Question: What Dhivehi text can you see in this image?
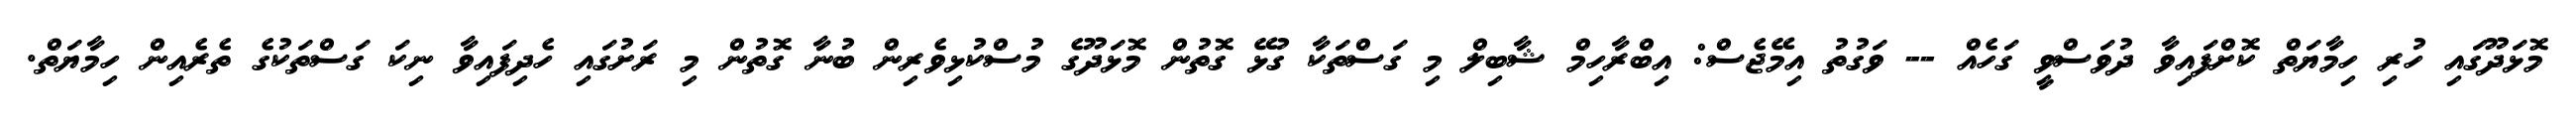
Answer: މޮޅަދޫގައި ހުރި ހިމާޔަތް ކޮށްފައިވާ ދުވަސްވީ ގަހެއް -- ވަގުތު އިމޭޖެސް: އިބްރާހިމް ޝާބިލް މި ގަސްތަކާ ގުޅޭ ގޮތުން މޮޅަދޫގެ މުސްކުޅިވެރިން ބުނާ ގޮތުން މި ރަށުގައި ހެދިފައިވާ ނިކަ ގަސްތަކުގެ ތެރެއިން ހިމާޔަތް.